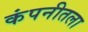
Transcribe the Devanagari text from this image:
कंपनीतला